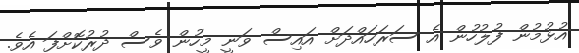
އުޅުމުން ފުލުހުން އެ ސަރަހައްދަށް އައިސް ވަނީ މީހުން ވެސް ދުރުކޮށްފަ އެވެ.